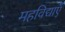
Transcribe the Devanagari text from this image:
महविद्याएँ